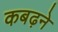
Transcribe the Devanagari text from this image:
कबढ़ने